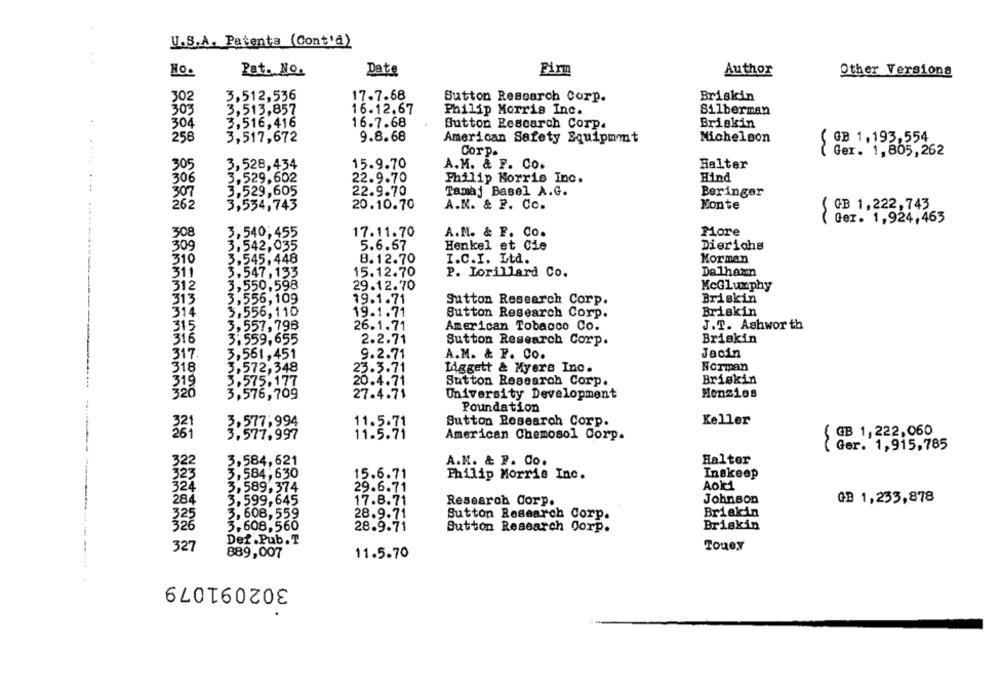
U.S.A. Patents (Cont'd)
Ho.
Pat. No.
Date
Firm
Author
Other Versions
3,512,536
17.7.68
Briskin
302
Sutton Research Corp.
303
3,513,857
16.12.67
Philip Morris Inc.
Silberman
3,516,416
16.7.68
Button Research Corp.
Briskin
304
258
3,517,672
9.8.68
Michelson
American Safety Equipment
( @B 1,193,554
..
Corp.
{ Ger. 1,805,262
305
3,528,434
15.9.70
A.M. & F. Co.
Halter
306
3,529,602
22.9.70
Philip Morris Inc.
Hind
3,529,605
22.9.70
Tamaj Basel A.G.
Beringer
262
3,534,743
20.10.70
A.M. & P. Co.
Monte
( GB 1,222,743
( Ger. 1,924,463
308
3
54.0
17.11.70
A.M. & F. Co.
More
309
3,542,035
5.6.67
Henkel et Cie
Dierichs
310
3.545.448
8.12.70
I.C.I. Ltd.
Korman
311
3,547, 133
15.12.70
P. Lorillard Co.
Dalhamn
312
3,550,598
29.12.70
McGlumphy
313
3,556,109
19.1.71
Sutton Research Corp.
Briskin
314
3,556, 110
19.1.71
Sutton Research Corp.
Briskin
315
3,557,798
26.1.71
American Tobacco Co.
J.T. Ashworth
316
3.559,655
2.2.71
Sutton Research Corp.
Briskin
317.
3,561,451
9.2.71
A.M. & F. Co.
Jacin
318
3,572,348
23.3.71
Liggett & Myere Inc.
Norman
Briskin
319
2.575.177
20.4.71
Sutton Research Corp.
320
3,576,709
27.4.71
University Development
Menzies
Foundation
Keller
3,577.994
11.5.71
Sutton Research Corp.
3,577,997
11.5.71
GB 1,222,060
American Chemosol Corp.
Ger. 1,915,785
322
A.N. & P. Co.
Halter
3,584, 621
3,584,630
15.6.71
Philip Morris Inc.
Inakeep
323
324
3,589,374
29.6.71
Aok1
284
3,599,645
17.8.71
Research Corp.
Johnson
GB 1,233,878
3, 608,559
28.9.71
Sutton Research Corp.
Briekin
325
3,608,560
28.9.71
Sutton Research Corp.
Briskin
Def .Pub.T
327
Toney
889,007
11.5.70
-------
302091079